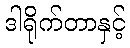
ဒါရိုက်တာနှင့်